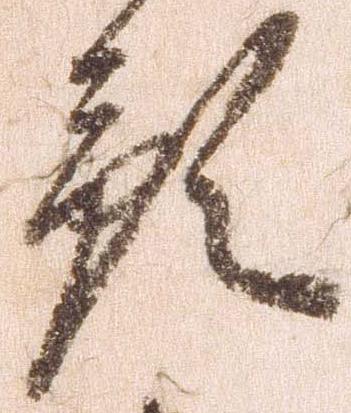
預